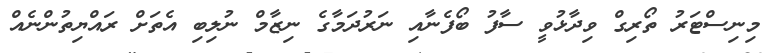
މިނިސްޓަރު ތޯރިގް ވިދާޅުވީ ސާފު ބޯފެނާއި ނަރުދަމާގެ ނިޒާމް ނުލިބި އެތަށް ރައްޔިތުންނެއް